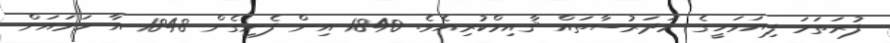
ފުރަތަމަ ފިޔަވަހީގެ މަދަރުސާތައް ޤާއިމްކުރިއެވެ. 1840 އިން ފެށިގެން 1848 އާ ހަމައަށް